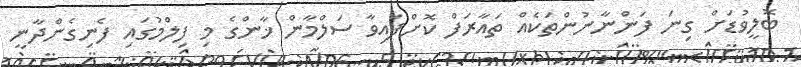
ބޮލީވުޑަށް ގިނަ ފަންނާނުންތަކެއް ތައާރަފް ކޮށްފައިވާ ސަލްމާން ޚާންގެ މި ފިލްމުގައި ފެނިގެންދާނީ